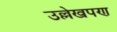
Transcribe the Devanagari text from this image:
उल्लेखपण